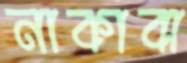
নাকাবা